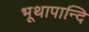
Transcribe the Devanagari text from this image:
भूथापान्दि